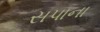
સપાના